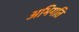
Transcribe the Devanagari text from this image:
अभिगति